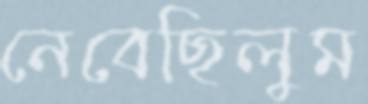
নেবেছিলুম